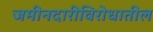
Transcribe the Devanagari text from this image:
जमीनदारीविरोधातील